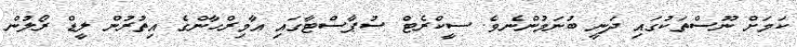
ކަމަށް ނޫސްތަކުގައި ދަނީ ބުނަމުންނެވެ. ސީކްރެޓް ސުޕާސްޓާގައި އާމިރްހާންގެ އިތުރުން ލީޑް ރޯލުން